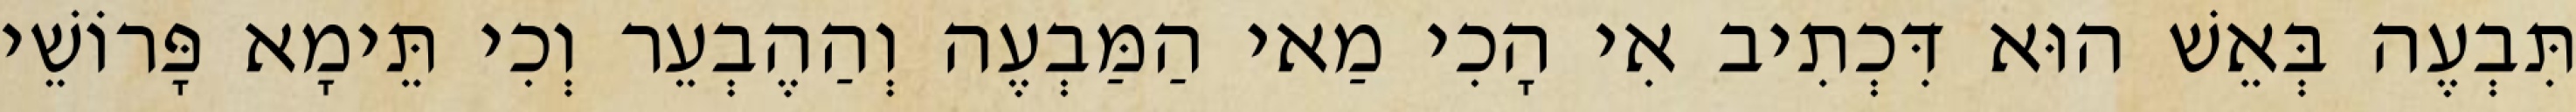
תִּבְעֶה בְּאֵשׁ הוּא דִּכְתִיב אִי הָכִי מַאי הַמַּבְעֶה וְהַהֶבְעֵר וְכִי תֵּימָא פָּרוֹשֵׁי